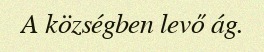
A községben levő ág.